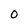
Character: 0